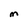
Character: M